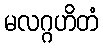
မလဂ္ဂဟိတံ